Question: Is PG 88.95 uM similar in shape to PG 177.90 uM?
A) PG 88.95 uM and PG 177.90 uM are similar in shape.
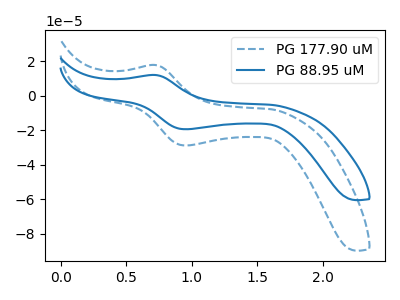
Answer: <think>The blue dashed curve "PG 177.90 uM" has an anodic peak at (0.70V, 17.80uA) and a cathodic peak at (0.95V, -28.90uA). The blue curve "PG 88.95 uM" has an anodic peak at (0.70V, 12.00uA) and a cathodic peak at (0.95V, -19.50uA).
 All the peaks in "PG 88.95 uM" have a peak in "PG 177.90 uM" at the same potential. Every peak in "PG 88.95 uM" is lower than every peak in "PG 177.90 uM".</think>
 <answer>A) "PG 88.95 uM" and "PG 177.90 uM" are similar in shape.</answer>
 <eval>A</eval>